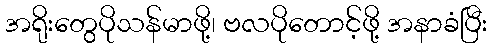
အရိုးတွေပိုသန်မာဖို့၊ ဗလပိုတောင့်ဖို့ အနာခံပြီး